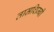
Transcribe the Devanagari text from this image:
ताम्रशिम्बी